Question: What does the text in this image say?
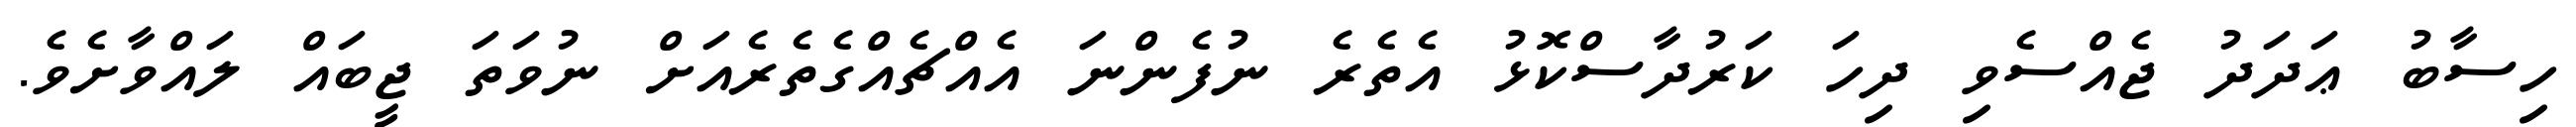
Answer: ހިސާބު ޢަދަދު ޖެއްސެވި ދިހަ ކަރުދާސްކޮޅު އެތެރެ ނުފެންނަ އެއްޗެއްގެތެރެއަށް ނުވަތަ ޖީބައް ލައްވާށެވެ.